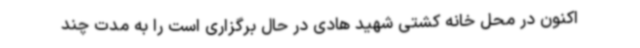
اکنون در محل خانه کشتی شهید هادی در حال برگزاری است را به مدت چند